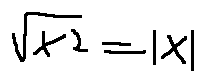
\sqrt { x ^ { 2 } } = | x |